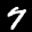
Label: 7